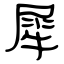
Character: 犀